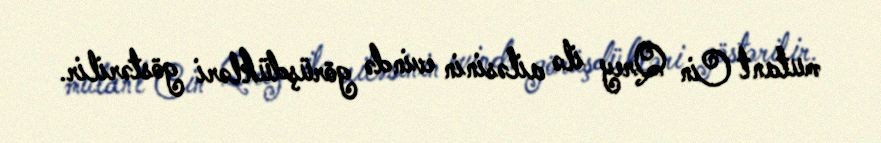
mutant Cin Qrey ilə ailəsinin evində görüşdükləri göstərilir.